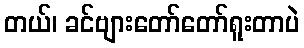
တယ်၊ ခင်ဗျားတော်တော်ရူးတာပဲ